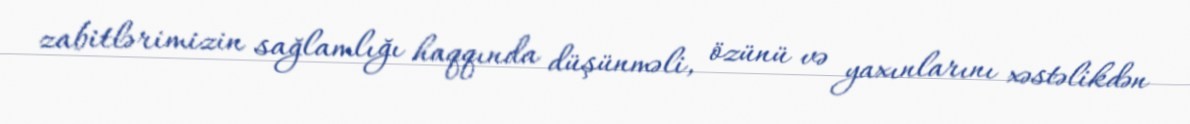
zabitlərimizin sağlamlığı haqqında düşünməli, özünü və yaxınlarını xəstəlikdən